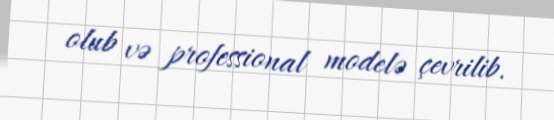
olub və professional modelə çevrilib.